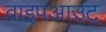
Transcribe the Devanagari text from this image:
वाइपआउट